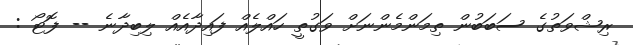
ރިޝްވަތުގެ ސަބަބުން ތިމަންމެންނަށް ވަގުތީ ހައްލެއް ފައިދާއެއް ލިބިދާނެ -- ފޮޓޯ :